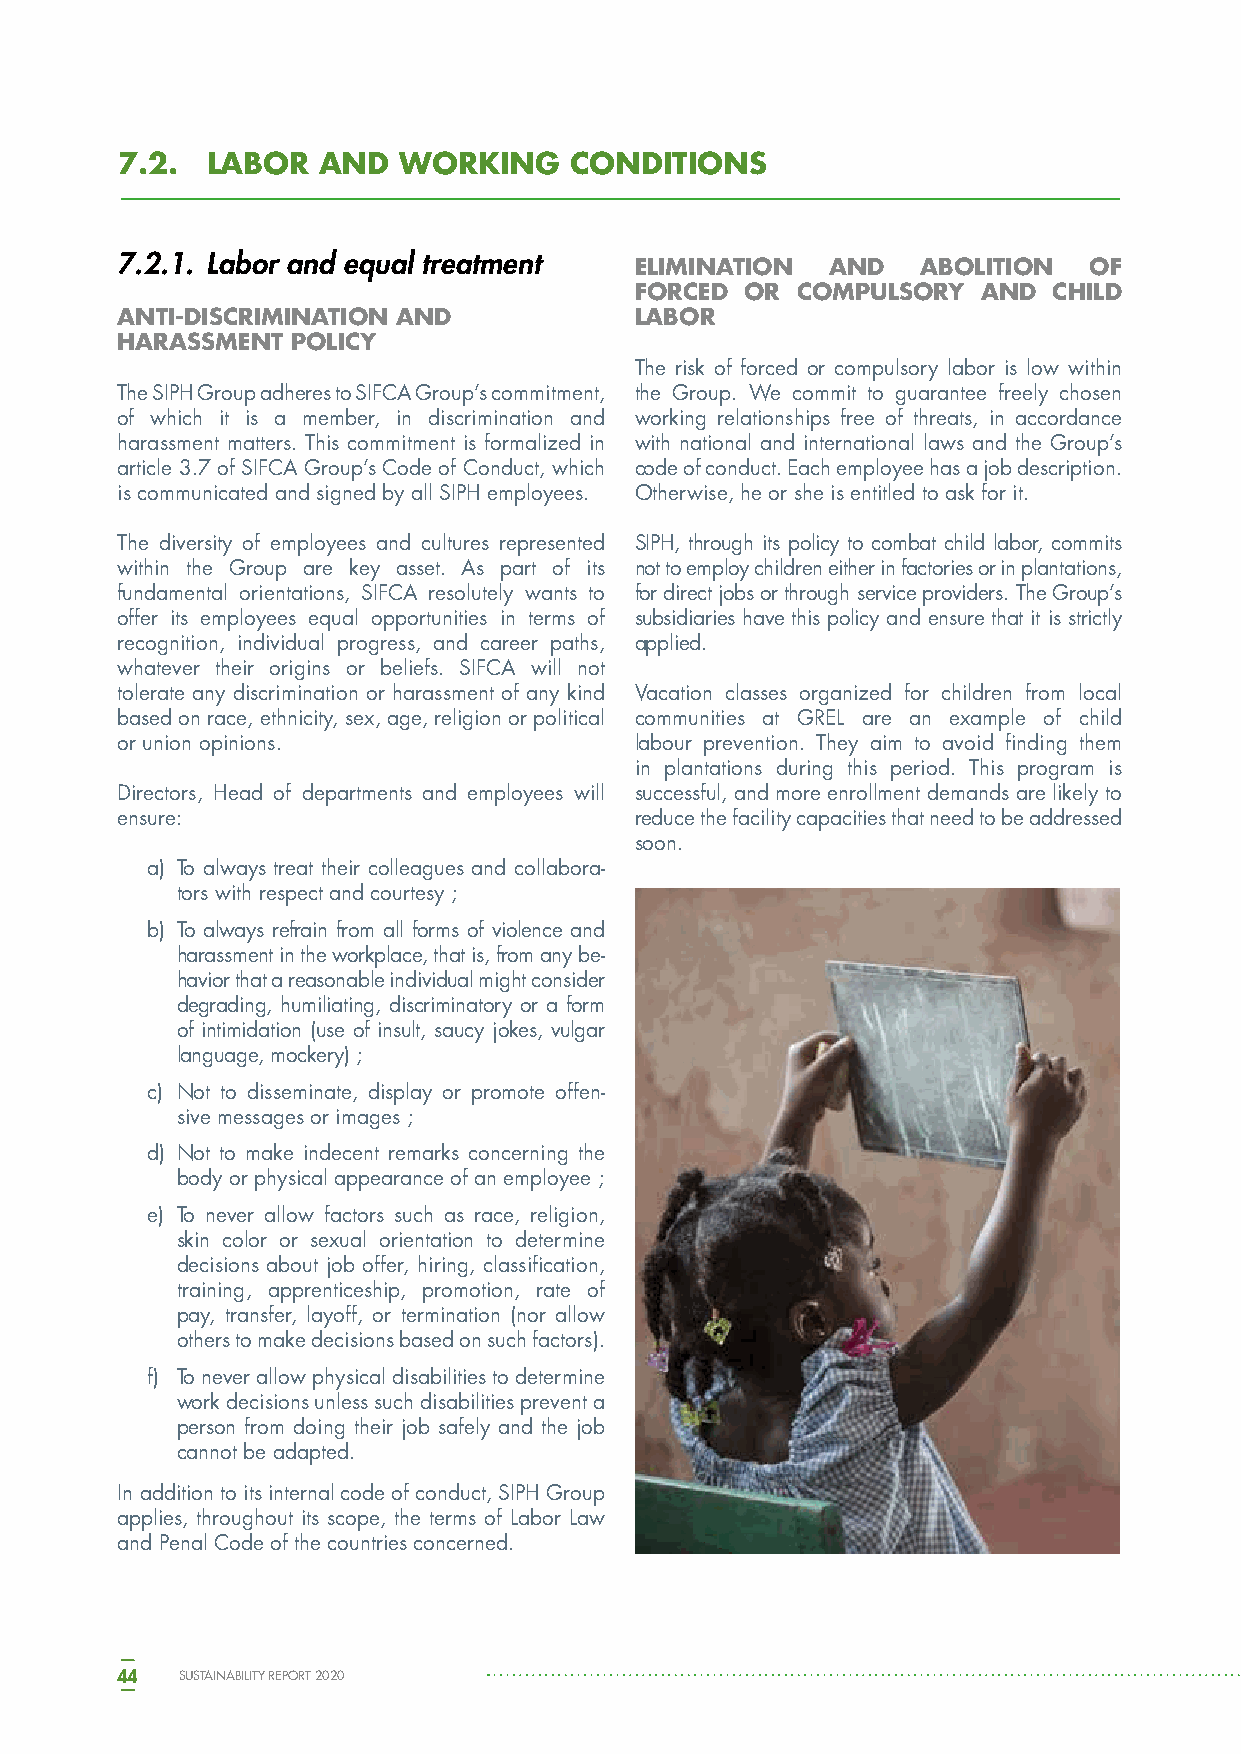
7.2.  LABOR  AND  WORKING     CONDITIONS
 7.2.1. Labor and equal treatment  ELIMINATION  AND   ABOLITION  OF
 FORCED OR  COMPULSORY  AND  CHILD
 ANTI-DISCRIMINATION AND           LABOR
 HARASSMENT POLICY
 The risk of forced or compulsory labor is low within
 The SIPH Group adheres to SIFCA Group’s commitment, the Group. We commit to guarantee freely chosen
 of which it is a member, in discrimination and working relationships free of threats, in accordance
 harassment matters. This commitment is formalized in with national and international laws and the Group’s
 article 3.7 of SIFCA Group’s Code of Conduct, which code of conduct. Each employee has a job description.
 is communicated and signed by all SIPH employees. Otherwise, he or she is entitled to ask for it.
 The diversity of employees and cultures represented SIPH, through its policy to combat child labor, commits
 within the Group are key asset. As part of its not to employ children either in factories or in plantations,
 fundamental orientations, SIFCA resolutely wants to for direct jobs or through service providers. The Group’s
 offer its employees equal opportunities in terms of subsidiaries have this policy and ensure that it is strictly
 recognition, individual progress, and career paths, applied.
 whatever their origins or beliefs. SIFCA will not
 tolerate any discrimination or harassment of any kind Vacation classes organized for children from local
 based on race, ethnicity, sex, age, religion or political communities at GREL are an example of child
 or union opinions.                labour prevention. They aim to avoid finding them
 in plantations during this period. This program is
 Directors, Head of departments and employees will successful, and more enrollment demands are likely to
 ensure:                           reduce the facility capacities that need to be addressed
 soon.
 a) To always treat their colleagues and collabora-
 tors with respect and courtesy ;
 b) To always refrain from all forms of violence and
 harassment in the workplace, that is, from any be-
 havior that a reasonable individual might consider
 degrading, humiliating, discriminatory or a form
 of intimidation (use of insult, saucy jokes, vulgar
 language, mockery) ;
 c) Not to disseminate, display or promote offen-
 sive messages or images ;
 d) Not to make indecent remarks concerning the
 body or physical appearance of an employee ;
 e) To never allow factors such as race, religion,
 skin color or sexual orientation to determine
 decisions about job offer, hiring, classification,
 training, apprenticeship, promotion, rate of
 pay, transfer, layoff, or termination (nor allow
 others to make decisions based on such factors).
 f) To never allow physical disabilities to determine
 work decisions unless such disabilities prevent a
 person from doing their job safely and the job
 cannot be adapted.
 In addition to its internal code of conduct, SIPH Group
 applies, throughout its scope, the terms of Labor Law
 and Penal Code of the countries concerned.
 44  SUSTAINABILITY REPORT 2020